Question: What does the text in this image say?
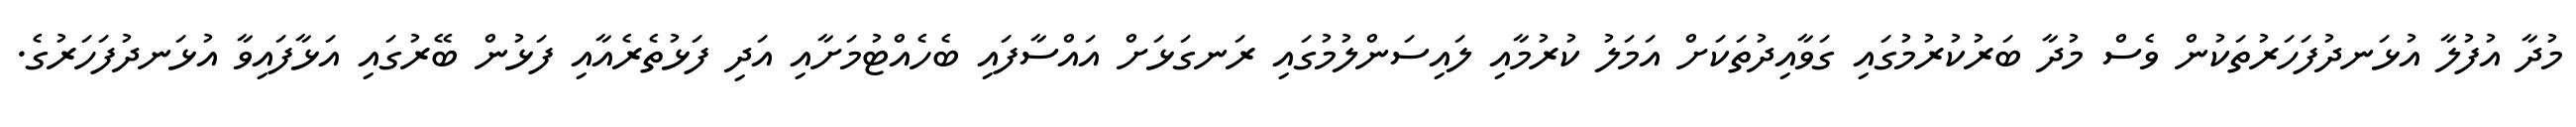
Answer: މުދާ އުފުލާ އުޅަނދުފަހަރުތަކުން ވެސް މުދާ ބަރުކުރުމުގައި ގަވާއިދުތަކަށް އަމަލު ކުރުމާއި ލައިސަންލުމުގައި ރަނގަޅަށް އައްސާފައި ބެހެއްޓުމަށާއި އަދި ފަޅުތެރެއާއި ފަޅުން ބޭރުގައި އަޅާފައިވާ އުޅަނދުފަހަރުގެ.